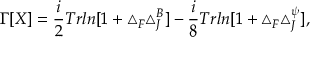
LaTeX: \Gamma [ X ] = \frac { i } { 2 } T r l n [ 1 + \triangle _ { F } \triangle _ { J } ^ { B } ] - \frac { i } { 8 } T r l n [ 1 + \triangle _ { F } \triangle _ { J } ^ { \psi } ] ,